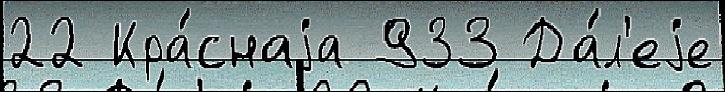
22 Кра́снаjа 933 Да́л'еjе